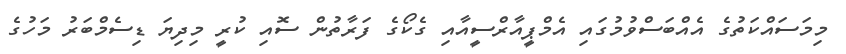
މިމަސައްކަތުގެ އެއްބަސްވުމުގައި އެމްޕީއާރްސީއާއި ގެކޯގެ ފަރާތުން ސޮއި ކުރީ މިދިޔަ ޑިސެމްބަރު މަހުގެ